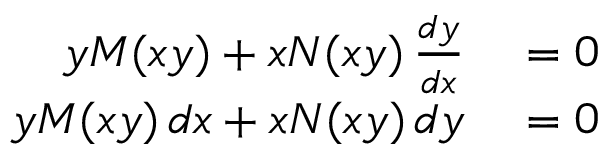
\begin{array} { r l } { y M ( x y ) + x N ( x y ) \, { \frac { d y } { d x } } } & { { } = 0 } \\ { y M ( x y ) \, d x + x N ( x y ) \, d y } & { { } = 0 } \end{array}